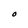
Character: O